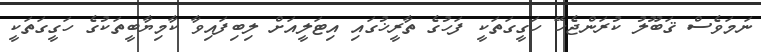
ނަމަވެސް ޤަބޫލު ކުރަންޖެހޭ ހަގީގަތަކީ ފަހުގެ ތާރީޚުގައި އިޓަލީއަށް ލިބިފައިވާ ކާމިޔާބީތަކުގެ ހަގީގަތަކީ